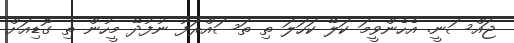
ޖައްސަނީ. އެހެންވީމަ ކަލޭ ކަހަލަ ތި ތަސައްރަފު ނުފުދޭ މީހުން ތި ގޮޑިއަށް